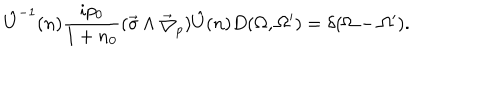
\hat { U } ^ { - 1 } ( n ) \frac { i p _ { 0 } } { 1 + n _ { 0 } } ( \vec { \sigma } \wedge \vec { \bigtriangledown } _ { p } ) \hat { U } ( n ) D ( \Omega , \Omega ^ { \prime } ) = \delta ( \Omega - \Omega ^ { \prime } ) .